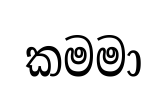
කමමා